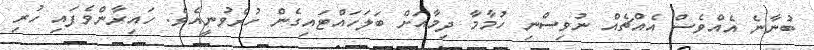
ބުނާނެ އެއްވެސް އެއްޗެއް ނުވިސްނި ހުމާމާ ދިމާއަށް ބަލަހައްޓައިގެން ހުރެވުނީއެވެ. ހައިރާންވެފައި ހުރި